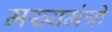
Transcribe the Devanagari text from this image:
मख्यमंत्री